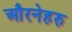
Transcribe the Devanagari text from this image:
औरनेहरु